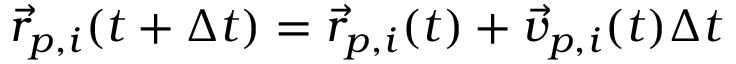
{ \vec { r } } _ { p , i } ( t + \Delta t ) = { \vec { r } } _ { p , i } ( t ) + { \vec { v } } _ { p , i } ( t ) \Delta t